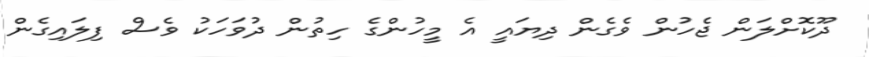
ދޫކޮށްލަން ޖެހުން ވެގެން ދިޔައީ އެ މީހުންގެ ހިތުން ދުވަހަކު ވެސް ފިލައިގެން